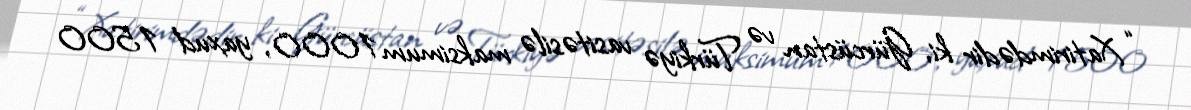
“Xatirimdədir ki, Gürcüstan və Türkiyə vasitəsilə maksimum 1000, yaxud 1500